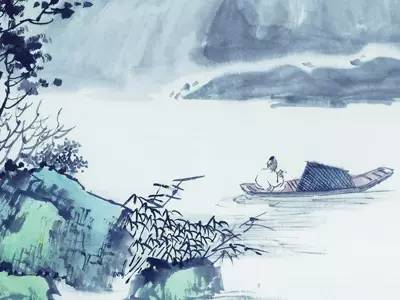
百川东到海，何时复西归？